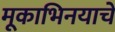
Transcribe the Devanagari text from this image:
मूकाभिनयाचे